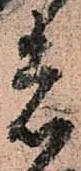
者